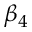
\beta _ { 4 }